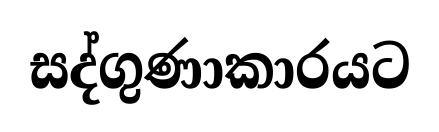
සද්ගුණාකාරයට